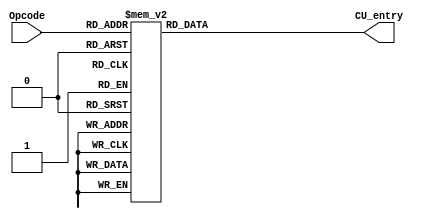
`timescale 1ns / 1ps
//////////////////////////////////////////////////////////////////////////////////
// Company: 
// Engineer: 
// 
// Design Name: 
// Module Name: Decoder
// Project Name: 
// Target Devices: 
// Tool Versions: 
// Description: 
// 
// Dependencies: 
// 
// Revision:
// Revision 0.01 - File Created
// Additional Comments:
// 
//////////////////////////////////////////////////////////////////////////////////


module Decoder(
    input [5:0] Opcode,//
    output reg [15:0] CU_entry//
    );
    
    initial
    begin
    CU_entry = 16'b0000000000000000;
    end
    
    always @(Opcode)
    begin
        case(Opcode)
        6'b000000:CU_entry = 16'b0000010000000000;//mov i;
        6'b000001:CU_entry = 16'b0000010000010000;//lad
        6'b000010:CU_entry = 16'b0000010000100000;//lad i
        6'b000011:CU_entry = 16'b0000010000110000;//sto
        6'b000100:CU_entry = 16'b0000010001000000;//add
        6'b000110:CU_entry = 16'b0000010001100000;//sub
        6'b001000:CU_entry = 16'b0000010010000000;//inc
        6'b001010:CU_entry = 16'b0000010010100000;//dec
        6'b001100:CU_entry = 16'b0000010011000000;//and
        6'b001110:CU_entry = 16'b0000010011100000;//or
        6'b010000:CU_entry = 16'b0000010100000000;//not
        6'b010010:CU_entry = 16'b0000010100100000;//cmp
        6'b010100:CU_entry = 16'b0000010101000000;//jeq
        6'b010111:CU_entry = 16'b0000010101110000;//jne
        6'b011000:CU_entry = 16'b0000010101110000;//jhi
        6'b011011:CU_entry = 16'b0000010101110000;//jhs
        6'b011101:CU_entry = 16'b0000010101110000;//jlo
        6'b011110:CU_entry = 16'b0000010101110000;//jls
        6'b100000:CU_entry = 16'b0000010101110000;//jmp
        6'b100011:CU_entry = 16'b0000010101110000;//hlt
        6'b111110:CU_entry = 16'b0000000000000000;
        default:CU_entry = 16'b0000000000000000;
        endcase
    end
endmodule